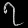
Digit: ၇